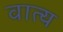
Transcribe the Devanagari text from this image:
वात्य